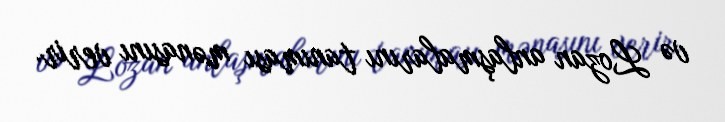
və Lozan anlaşmalarını tanıması mənasını verir.